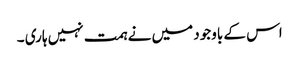
اس کے باوجود میں نے ہمت نہیں ہاری ۔